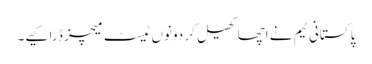
پاکستانی ٹیم نے اچھا کھیل کر دونوں ٹیسٹ میچز ڈرا کیے۔